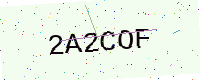
Text: 2A2COF